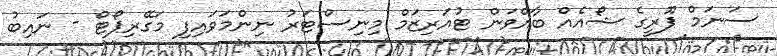
ސަނަމް ޕޫރީގެ ޝޯއެއް ބާއްވަން ޓުއަރިޒަމް މިނިސްޓަރު ނިންމަވައިފި މަގޭރިޕޯޓް - ނައިބު